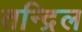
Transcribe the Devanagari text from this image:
तन्द्रिल